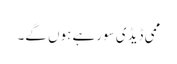
ممی ڈیڈی سورہے ہوں گے۔